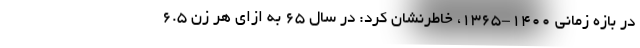
در بازه زمانی ۱۴۰۰-۱۳۶۵، خاطرنشان کرد: در سال ۶۵ به ازای هر زن ۶.۵